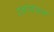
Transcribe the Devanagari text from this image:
रथावरून